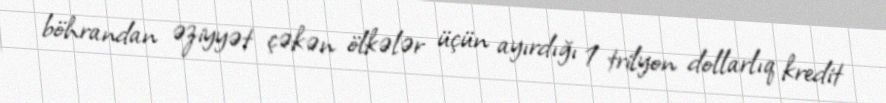
böhrandan əziyyət çəkən ölkələr üçün ayırdığı 1 trilyon dollarlıq kredit